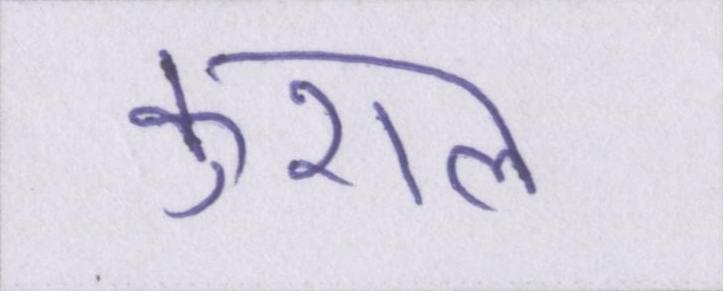
कुशल